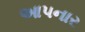
આ૫નાર